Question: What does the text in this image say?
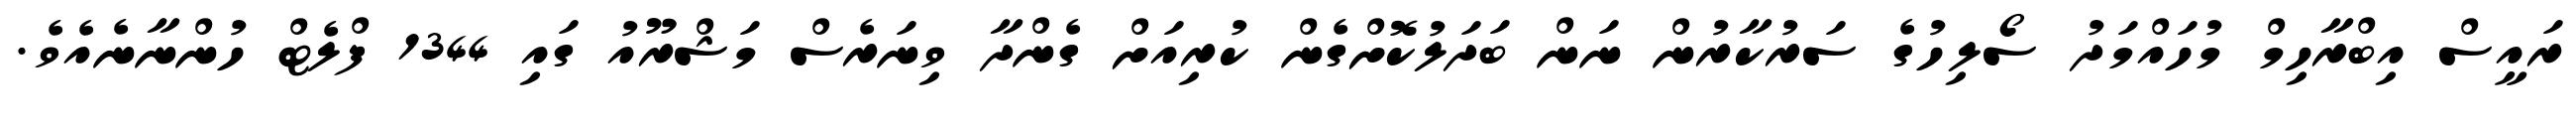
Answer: ރައީސް އިބްރާހިމް މުހައްމަދު ސޯލިހުގެ ސަރުކާރުން ނަން ބަދަލުކޮށްގެން ކުރިއަށް ގެންދާ ވިނަރެސް މަޝްރޫއު ގައި 1344 ފްލެޓް ހުންނާނެއެވެ.